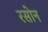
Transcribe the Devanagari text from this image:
रसोन